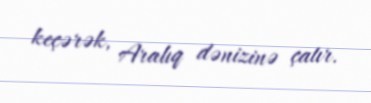
keçərək, Aralıq dənizinə çatır.